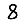
Digit: 8